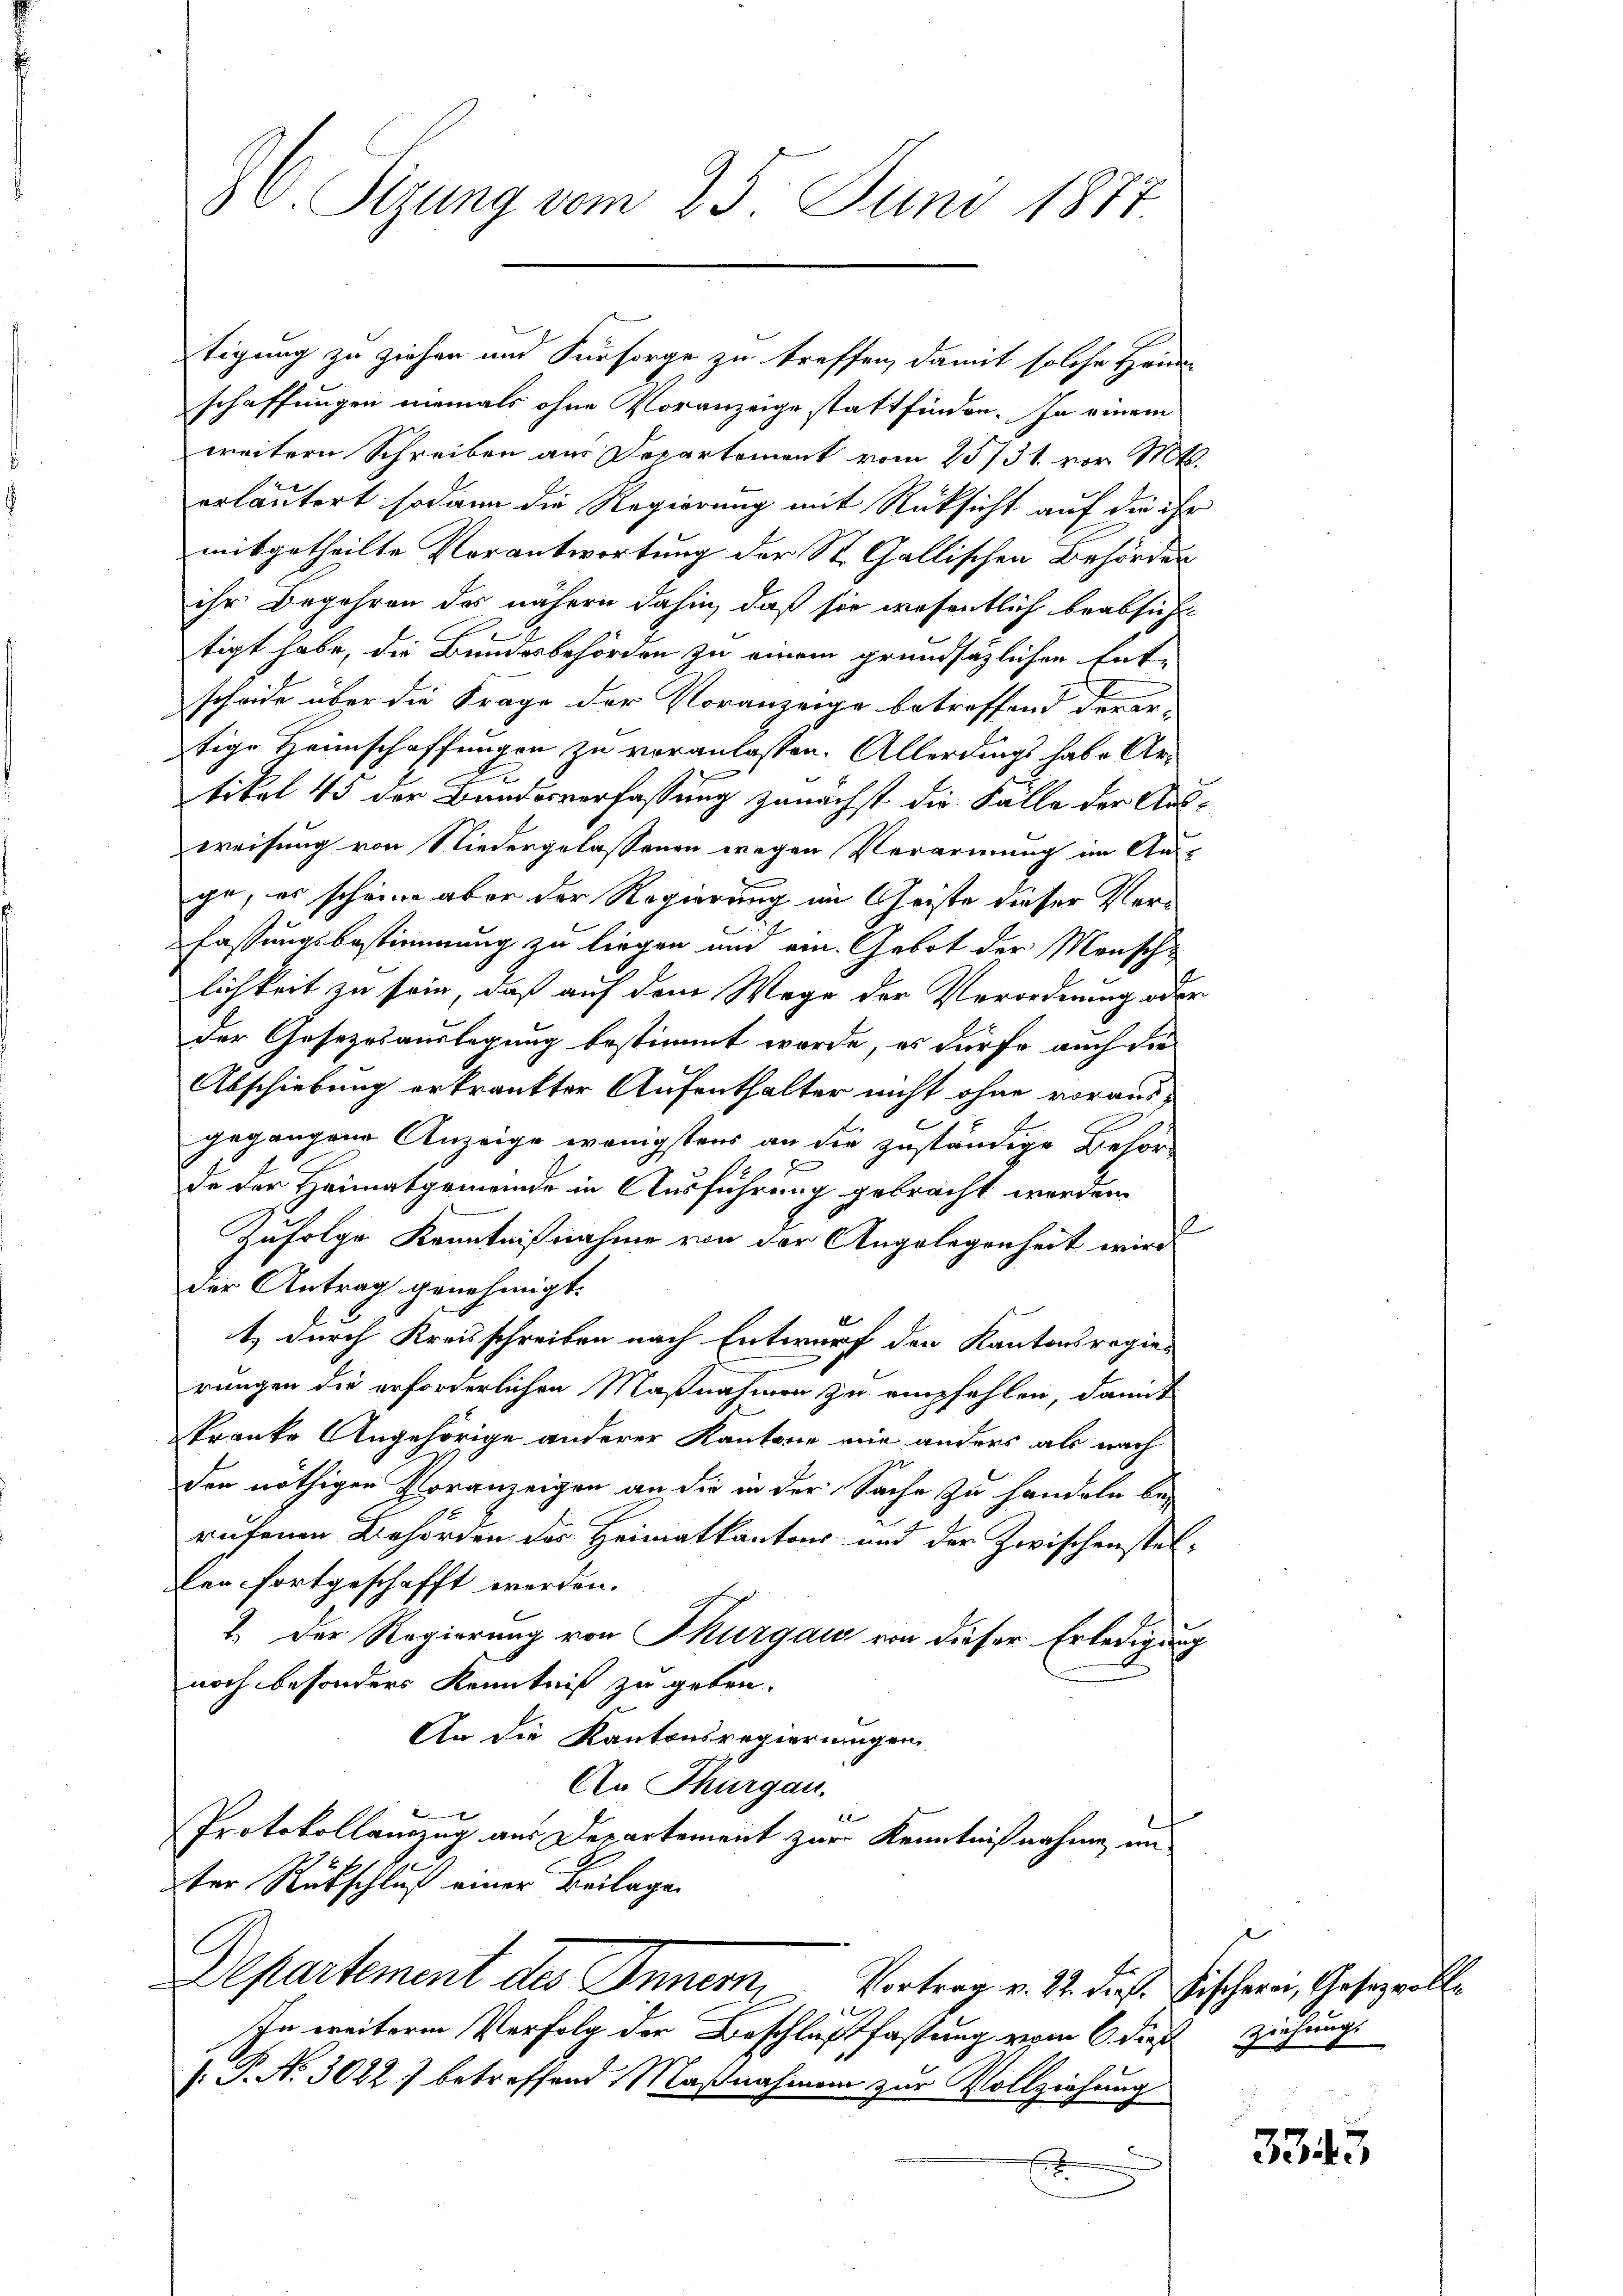
8. Sizung vom 25. Juni 1887.

tigung zu ziehen und Fürsorge zu treffen, damit solche Heim
schaffungen niemals ohne Voranzeige stattfinden. In einem
weitern Schreiben aus Departement vom 23/31. vor. Mts.
erläutert sodann die Regierung mit Rücksicht auf die ihr
mitgetheilte Vorantwortung der St. Gallischen Behörden
ihr Begehren des nähern dahin, daß sie wesentlich beabsicht
tigt habe, die Bundesbehörden zu einem grundsätzlichen Ent-
scheide über die Frage der Voranzeige betreffend derar-
tige Heimschaffungen zu veranlassen. Allerdings habe Ar-
tikel 45 der Bundesverfassung zunächst die Fälle der Aus-
weisung von Niedergelassenen wegen Verarmung im Aus-
ge, es scheine aber der Regierung im Geiste dieser Ver¬
Fassungsbestimmung zu liegen und ein. Gebot der Mensch-
lichkeit zu sein, daß auf dem Wege der Verordnung oder
der Gesetzesauslegung bestimmt worde, es dürfe auch die
Abschiebung erkrankter Aufenthalter nicht ohne voraus-
gegangene Anzeige wenigstens an die zuständige Behör-
.
de der Heimatgemeinde in Ausführung gebracht werden.
Zufolge Kenntnißnahme von der Angelegenheit wird
der Antrag genehmigt.
1
t durch Kreisschreiben nach Entwurf den Kantonsregier
rungen die erforderlichen Maßnahmen zu empfehlen, damit
kranke Angehörige anderer Kantone wie anders als nach
den nöthigen Voranzeigen an die in der Sache zu handeln be-
rufenen Behörden des Heimatkantons und der Zwischensteller fortgeschafft werden.
2. Der Regierung von Thurgau von dieser Erledigung
noch besonders Kenntniß zu geben.
An die Kantonsregierungen
An Thurgau.
2
Protokollauszug aus Departement zur Kenntnißnahme im
ter Rückschluß einer Beilagen
Departement des Innern, Vortrag v. 12. dies Fischerei, Gesell
In weitere Verfolg der Beschlußfassung vom 6. dieß ziehungs
: P. Nr. 3082) betreffend Maßnahmen zur Vollziehung
.

3343